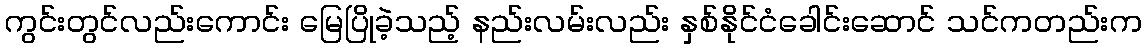
ကွင်းတွင်လည်းကောင်း မြေပြိုခဲ့သည့် နည်းလမ်းလည်း နှစ်နိုင်ငံခေါင်းဆောင် သင်ကတည်းက